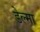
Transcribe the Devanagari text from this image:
डेल्मा